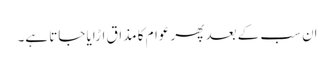
اِن سب کے بعد پھر عوام کا مذاق اڑایا جاتا ہے۔